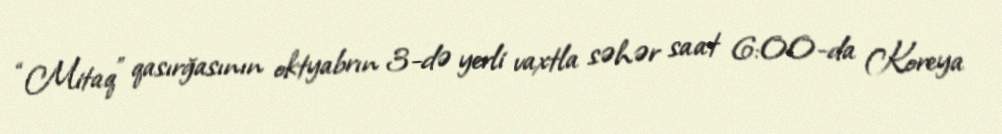
“Mitaq” qasırğasının oktyabrın 3-də yerli vaxtla səhər saat 6:00-da Koreya